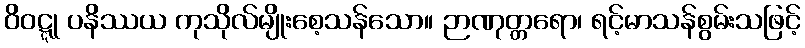
ဝိဝဋ္ဋု ပနိဿယ ကုသိုလ်မျိုးစေ့သန်သော။ ဉာဏုတ္တရော၊ ရင့်မာသန်စွမ်းသဖြင့်